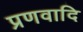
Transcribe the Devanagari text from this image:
प्रणवादि